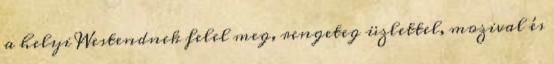
a helyi Westendnek felel meg, rengeteg üzlettel, mozival és